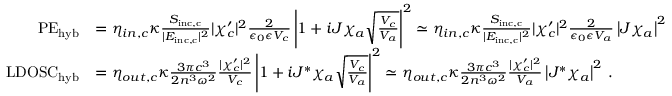
\begin{array} { r l } { \mathrm { P E } _ { \mathrm { h y b } } } & { = \eta _ { i n , c } \kappa \frac { S _ { \mathrm { i n c , c } } } { | E _ { \mathrm { i n c , c } } | ^ { 2 } } | \chi _ { c } ^ { \prime } | ^ { 2 } \frac { 2 } { \epsilon _ { 0 } \epsilon V _ { c } } \left| 1 + i J \chi _ { a } \sqrt { \frac { V _ { c } } { V _ { a } } } \right| ^ { 2 } \simeq \eta _ { i n , c } \kappa \frac { S _ { \mathrm { i n c , c } } } { | E _ { \mathrm { i n c , c } } | ^ { 2 } } | \chi _ { c } ^ { \prime } | ^ { 2 } \frac { 2 } { \epsilon _ { 0 } \epsilon V _ { a } } \left| J \chi _ { a } \right| ^ { 2 } } \\ { \mathrm { L D O S C } _ { \mathrm { h y b } } } & { = \eta _ { o u t , c } \kappa \frac { 3 \pi c ^ { 3 } } { 2 n ^ { 3 } \omega ^ { 2 } } \frac { | \chi _ { c } ^ { \prime } | ^ { 2 } } { V _ { c } } \left| 1 + i J ^ { * } \chi _ { a } \sqrt { \frac { V _ { c } } { V _ { a } } } \right| ^ { 2 } \simeq \eta _ { o u t , c } \kappa \frac { 3 \pi c ^ { 3 } } { 2 n ^ { 3 } \omega ^ { 2 } } \frac { | \chi _ { c } ^ { \prime } | ^ { 2 } } { V _ { a } } \left| J ^ { * } \chi _ { a } \right| ^ { 2 } \, . } \end{array}